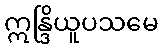
ဣန္ဒြိယူပသမေ